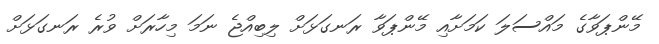
މޭންޕަވާގެ މައްސަލަ ކަމަށާއި މޭންޕަވާ ރަނގަޅަށް ލިބިއްޖެ ނަމަ މިހާރަށް ވުރެ ރަނގަޅަށް